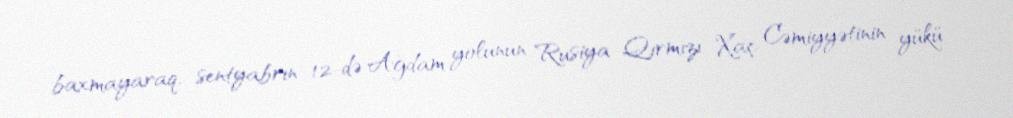
baxmayaraq, sentyabrın 12-də Ağdam yolunun Rusiya Qırmızı Xaç Cəmiyyətinin yükü